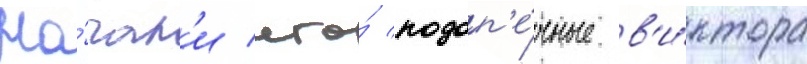
На́чал'и его́ подоп'е́чные в'и́ктора